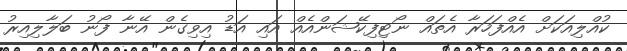
ކުއްލިއަކަށް އެއްފަހަރާ އެތައް ނޯޓިފިކޭޝަންއެއް އައި އަޑު އިވިގެން އޭނާ ފޯނު ބަލާލިއިރު